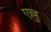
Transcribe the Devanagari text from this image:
एल्लु